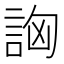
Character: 詾